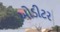
ઓડીટર